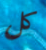
كل